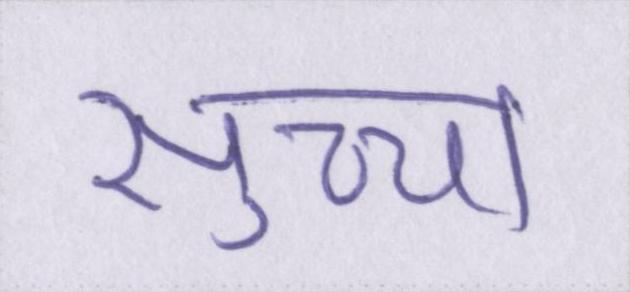
सुच्चा